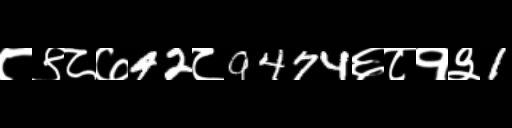
Text: ८९८७42८9474६८१३1